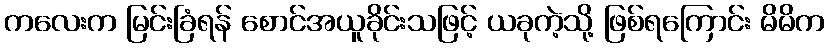
ကလေးက မြင်းခြံရန် စောင်အယူခိုင်းသဖြင့် ယခုကဲ့သို့ ဖြစ်ရကြောင်း မိမိက